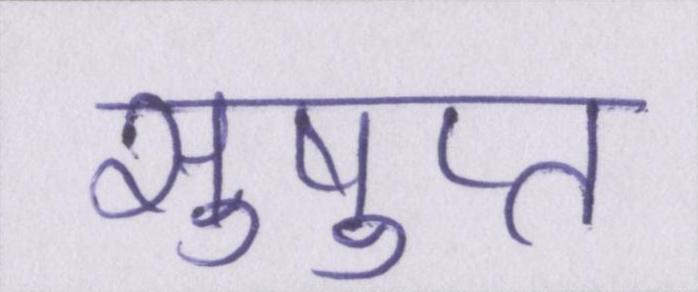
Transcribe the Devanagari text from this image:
सुषुप्त